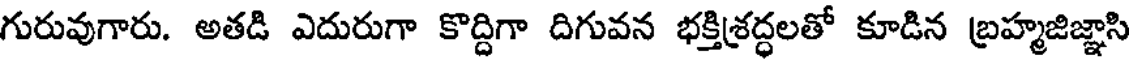
గురువుగారు. అతడి ఎదురుగా కొద్దిగా దిగువన భక్తిశ్రద్ధలతో కూడిన బ్రహ్మజిజ్ఞాసి